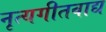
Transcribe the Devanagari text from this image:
नृत्यगीतवाद्य